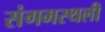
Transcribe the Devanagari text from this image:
संगमस्थली